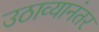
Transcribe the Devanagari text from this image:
उठाव्यानंतर